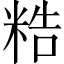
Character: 𥺊